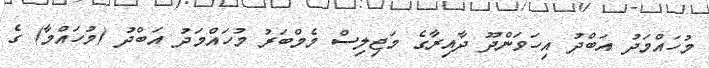
މުހައްމަދު އަބްދު އިހަވަންދޫ ދާއިރާގެ މަޖިލިސް މެމްބަރު މުހައްމަދު އަބްދު (މުހައްމާ) ގެ